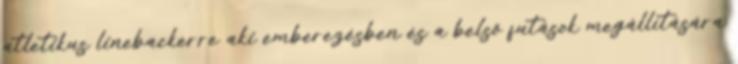
atletikus linebackerre aki emberezésben és a belső futások megállítására